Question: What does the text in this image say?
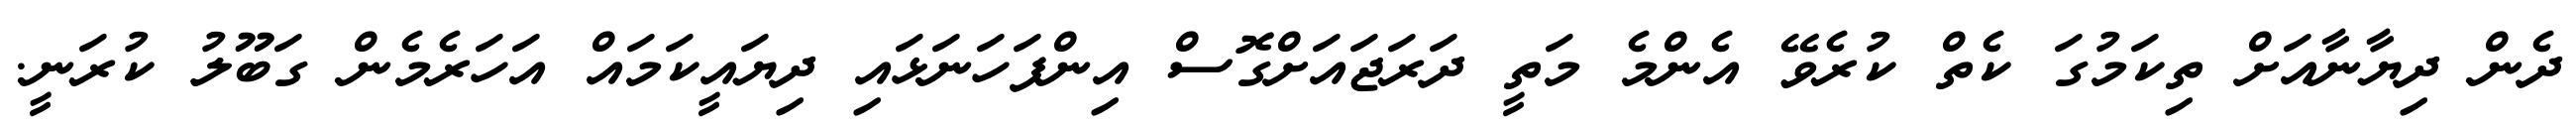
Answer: ދެން ދިޔާނާއަށް ތިކަމުގަ ކެތް ކުރެވޭ އެންމެ މަތީ ދަރަޖައަށްގޮސް އިންފަހަނަޅައި ދިޔައީކަމައް އަހަރެމެން ގަބޫލު ކުރަނީ.